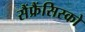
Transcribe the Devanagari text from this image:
सैंफ्रैंसिस्को